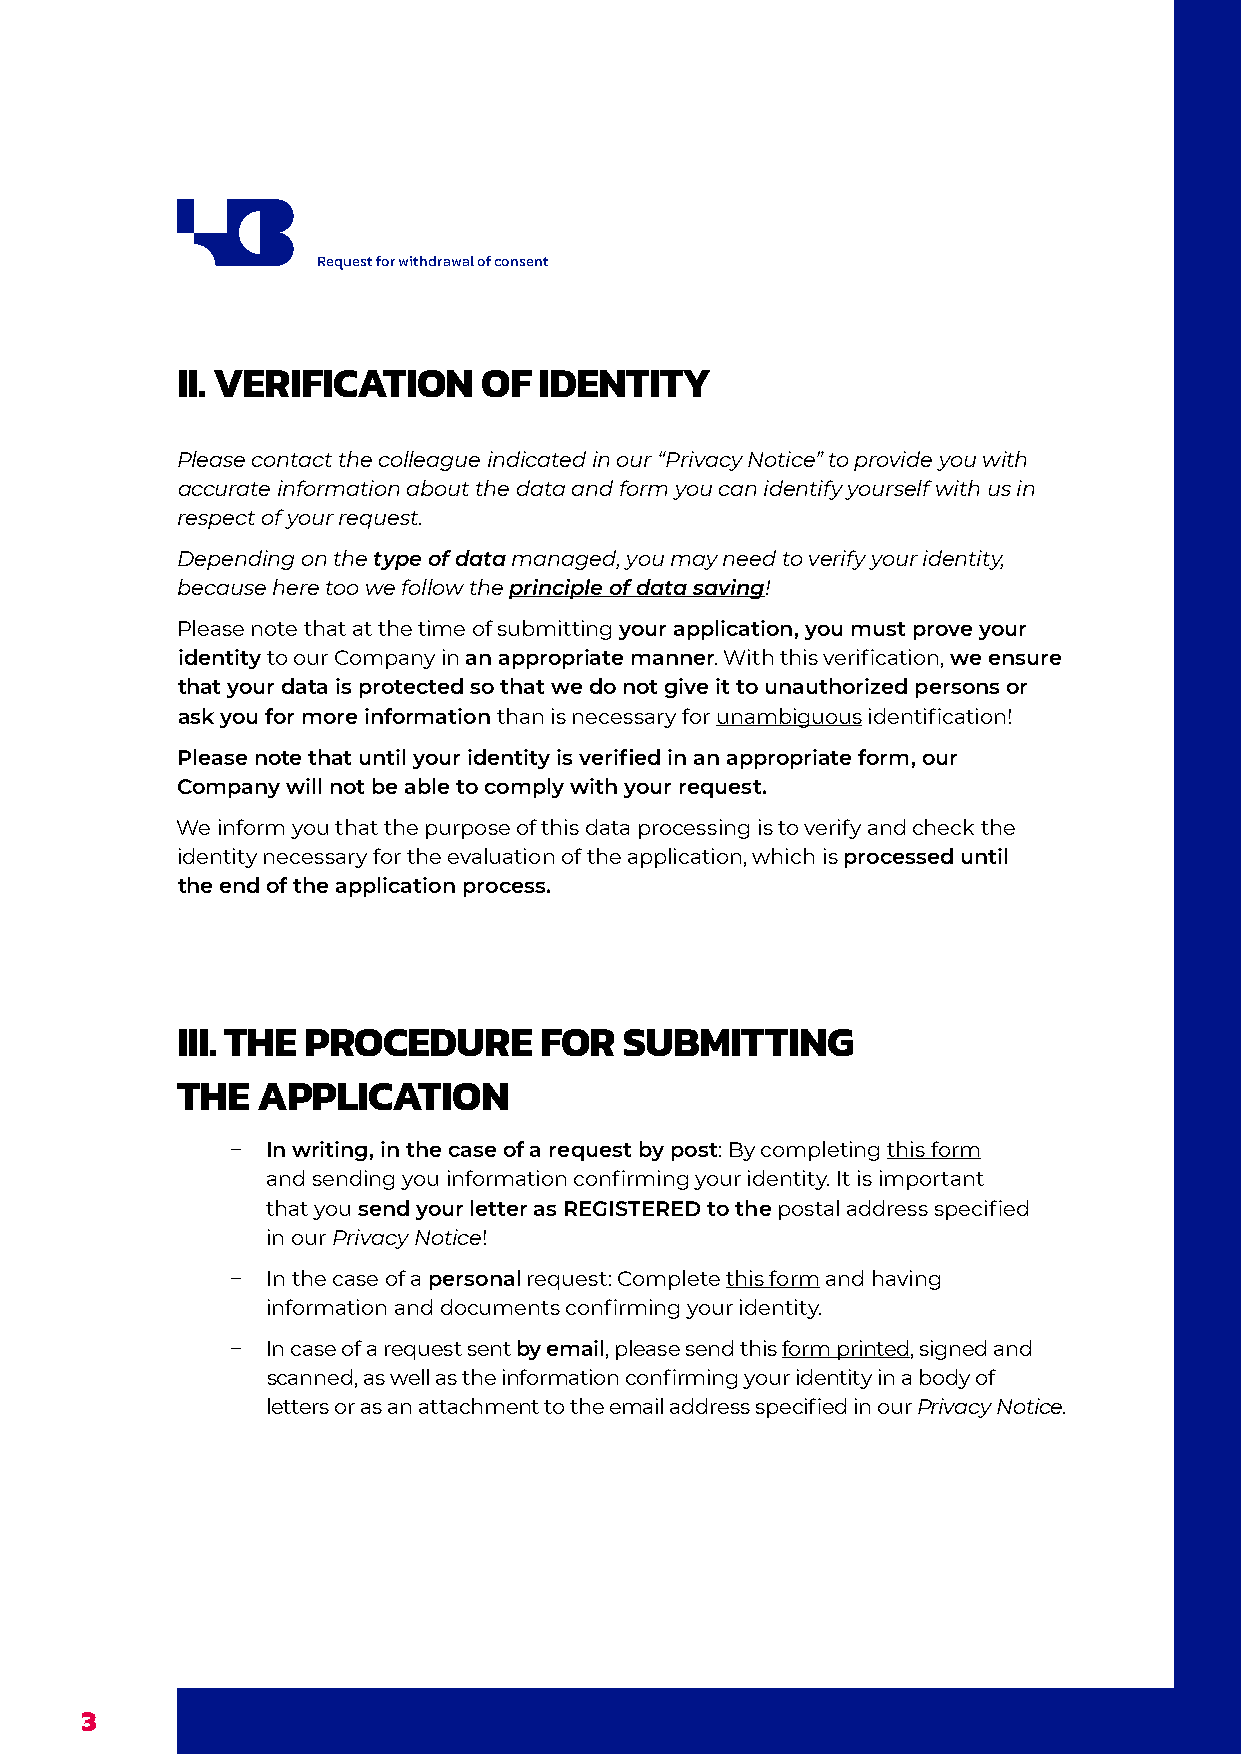
Request for withdrawal of consent
 II. VERIFICATION    OF  IDENTITY
 Please contact the colleague indicated in our “Privacy Notice” to provide you with
 accurate information about the data and form you can identify yourself with us in
 respect of your request.
 Depending on the type of data managed, you may need to verify your identity,
 because here too we follow the principle of data saving!
 Please note that at the time of submitting your application, you must prove your
 identity to our Company in an appropriate manner. With this verification, we ensure
 that your data is protected so that we do not give it to unauthorized persons or
 ask you for more information than is necessary for unambiguous identification!
 Please note that until your identity is verified in an appropriate form, our
 Company will not be able to comply with your request.
 We inform you that the purpose of this data processing is to verify and check the
 identity necessary for the evaluation of the application, which is processed until
 the end of the application process.
 III. THE PROCEDURE      FOR  SUBMITTING
 THE  APPLICATION
 −  In writing, in the case of a request by post: By completing this form
 and sending you information confirming your identity. It is important
 that you send your letter as REGISTERED to the postal address specified
 in our Privacy Notice!
 −  In the case of a personal request: Complete this form and having
 information and documents confirming your identity.
 −  In case of a request sent by email, please send this form printed, signed and
 scanned, as well as the information confirming your identity in a body of
 letters or as an attachment to the email address specified in our Privacy Notice.
 3